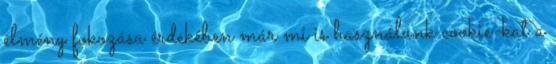
élmény fokozása érdekében már mi is használunk cookie-kat a